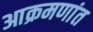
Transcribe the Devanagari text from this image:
आक्रमणांत